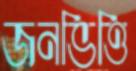
জনভিত্তি